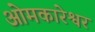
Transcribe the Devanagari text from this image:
ओमकारेश्वर